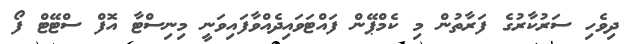
ދިވެހި ސަރުކާރުގެ ފަރާތުން މި ކެމްޕޭން ފައްޓަވައިދެއްވާފައިވަނީ މިނިސްޓާ އޮފް ސްޓޭޓް ފޯ